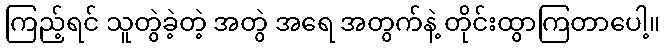
ကြည့်ရင် သူတွဲခဲ့တဲ့ အတွဲ အရေ အတွက်နဲ့ တိုင်းထွာကြတာပေါ့။